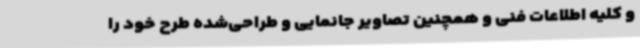
و کلیه اطلاعات فنی و همچنین تصاویر جانمایی و طراحی‌شده طرح خود را